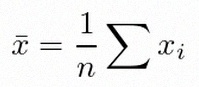
\bar{x}=\frac1n\sum x_i